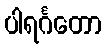
ပါရင်္ဂတော